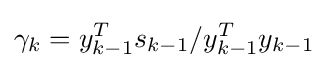
\gamma _{k}=y_{k-1}^{T}s_{k-1}/y_{k-1}^{T}y_{k-1}